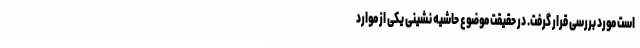
است مورد بررسی قرار گرفت. در حقیقت موضوع حاشیه نشینی یکی از موارد